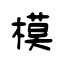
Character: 模